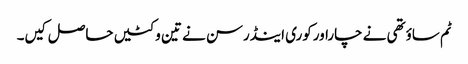
ٹم ساؤتھی نے چاراورکوری اینڈرسن نے تین وکٹیں حاصل کیں۔